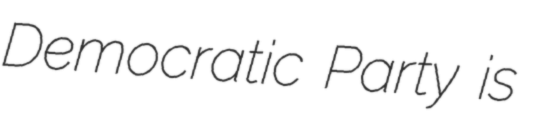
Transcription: Democratic Party is